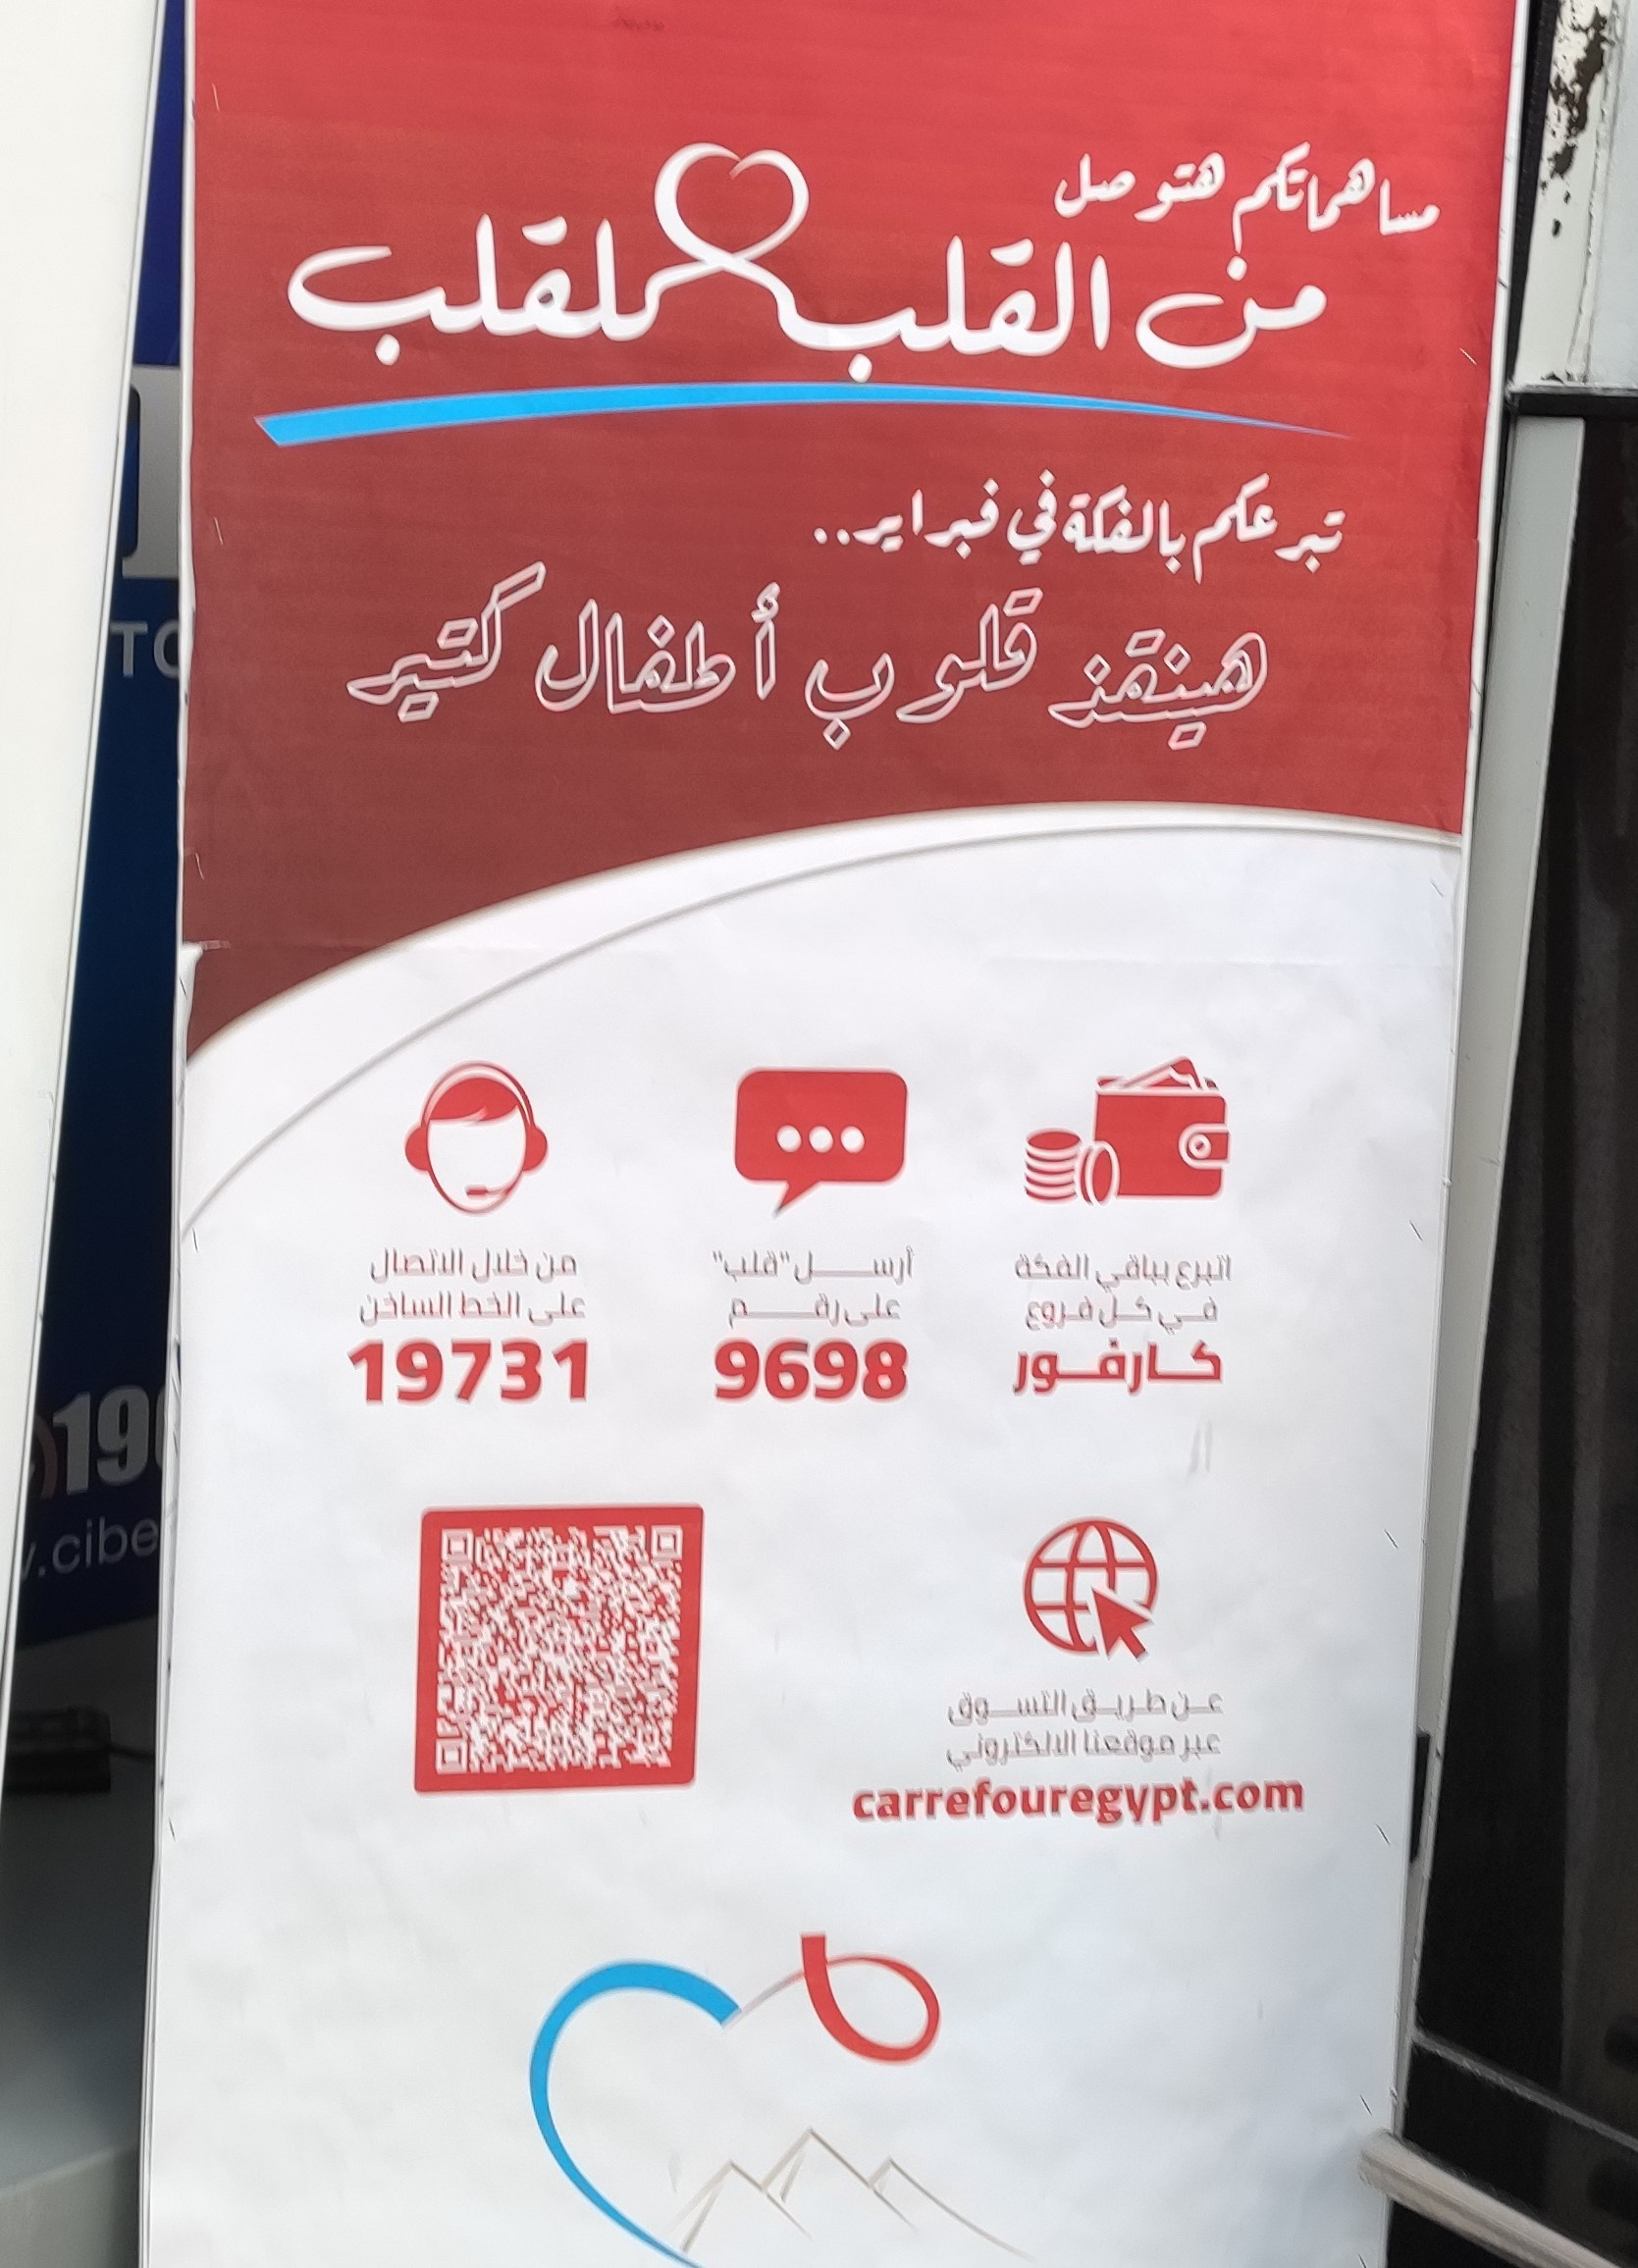
Text in image: مساهمتكم للقلب القلب من فبراير في بالفكة تبرعكم كتير أطفال قلوب هينقذ الاتصال "قلب" خلال الفكة ارسل من اتبرع بباقي الخط الساخن على على رقم فروع كل كارفور عن طريق التسوق موقعنا عبر الالكتروني 9698 19731 carrefouregypt.com